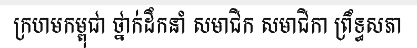
ក្រហមកម្ពុជា ថ្នាក់ដឹកនាំ សមាជិក សមាជិកា ព្រឹទ្ធសភា